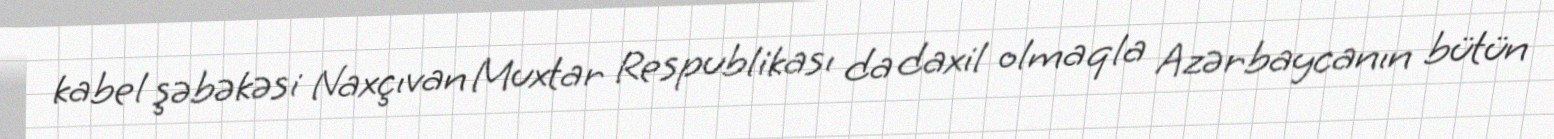
kabel şəbəkəsi Naxçıvan Muxtar Respublikası da daxil olmaqla Azərbaycanın bütün